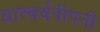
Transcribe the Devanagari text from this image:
धात्वर्थदीपनी